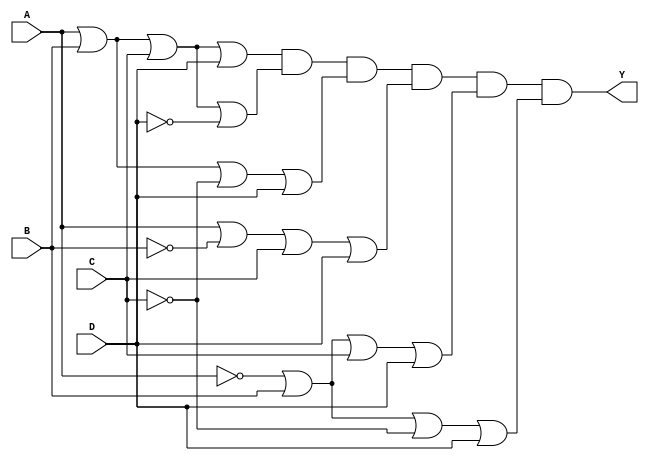
module pos_simplification (
    input wire A,  // Input variable A
    input wire B,  // Input variable B
    input wire C,  // Input variable C
    input wire D,  // Input variable D
    output wire Y  // Output Y representing the POS function
);

// Sum terms creation based on minterms
// Example minterms: 0, 1, 2, 5, 6, 7 (for demonstration purposes)
// Corresponding sum terms:
// Minterm 0: (A + B + C + D)
// Minterm 1: (A + B + C + D')
// Minterm 2: (A + B + C' + D)
// Minterm 5: (A + B' + C + D)
// Minterm 6: (A' + B + C + D)
// Minterm 7: (A' + B + C' + D)

wire sum_term_0;
wire sum_term_1;
wire sum_term_2;
wire sum_term_5;
wire sum_term_6;
wire sum_term_7;

// OR gates for each sum term
assign sum_term_0 = A | B | C | D;         // Minterm 0
assign sum_term_1 = A | B | C | ~D;        // Minterm 1
assign sum_term_2 = A | B | ~C | D;        // Minterm 2
assign sum_term_5 = A | ~B | C | D;        // Minterm 5
assign sum_term_6 = ~A | B | C | D;        // Minterm 6
assign sum_term_7 = ~A | B | ~C | D;       // Minterm 7

// AND gate to combine all sum terms for final output Y
assign Y = sum_term_0 & sum_term_1 & sum_term_2 & sum_term_5 & sum_term_6 & sum_term_7;

endmodule